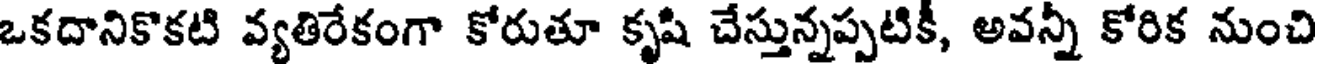
ఒకదానికొకటి వ్యతిరేకంగా కోరుతూ కృషి చేస్తున్నప్పటికీ, అవన్నీ కోరిక నుంచి